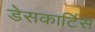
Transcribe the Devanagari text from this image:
डेसकार्टिस